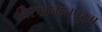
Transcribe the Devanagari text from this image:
थिरुअनन्तपुरम